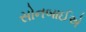
સોનબાઈએ